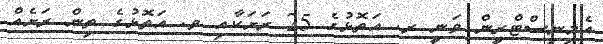
އެމިނިސްޓްރީން ވަނީ ރ. އަތޮޅުގެ 25 ރަށަކާއި ވ. އަތޮޅުގެ ތިން ރަށެއް